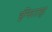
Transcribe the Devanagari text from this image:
इन्स्टिटय़ुट